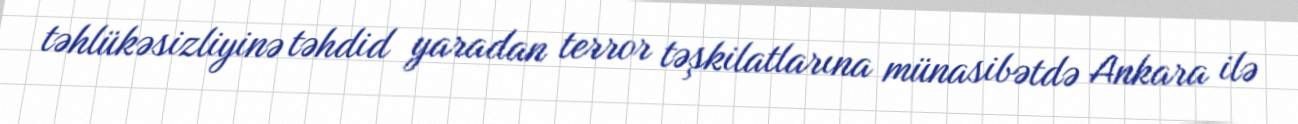
təhlükəsizliyinə təhdid yaradan terror təşkilatlarına münasibətdə Ankara ilə